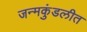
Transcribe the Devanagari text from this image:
जन्मकुंडलीत